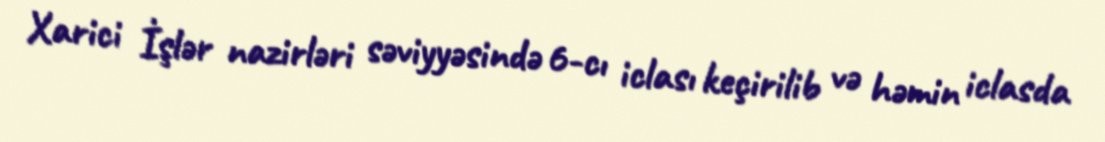
Xarici İşlər nazirləri səviyyəsində 6-cı iclası keçirilib və həmin iclasda